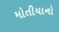
મોતીયાનો